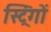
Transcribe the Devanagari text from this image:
स्ट्रिंगों